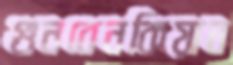
গুনবেনকিয়ান